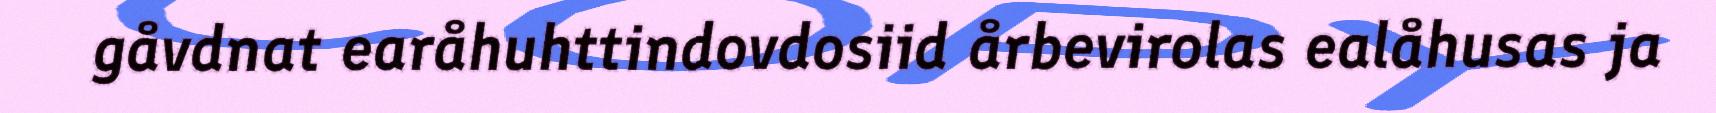
gåvdnat earåhuhttindovdosiid årbevirolas ealåhusas ja